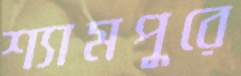
শ্যামপুরে